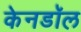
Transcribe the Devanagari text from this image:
केनडॉल